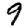
Digit: 9